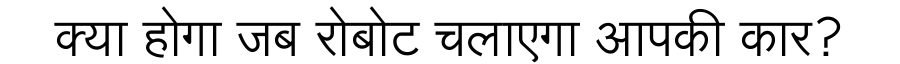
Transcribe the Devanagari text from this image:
क्या होगा जब रोबोट चलाएगा आपकी कार?